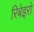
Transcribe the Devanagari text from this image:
रिबेइरो